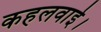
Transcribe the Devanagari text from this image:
कहलवाई।